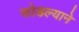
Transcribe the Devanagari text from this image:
फोडल्याने